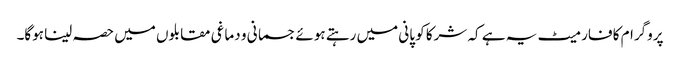
پروگرام کا فارمیٹ یہ ہے کہ شرکا کو پانی میں رہتے ہوئے جسمانی و دماغی مقابلوں میں حصہ لینا ہوگا۔